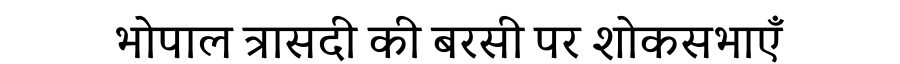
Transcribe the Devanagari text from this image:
भोपाल त्रासदी की बरसी पर शोकसभाएँ